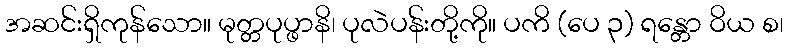
အဆင်းရှိကုန်သော။ မုတ္တပုပ္ဖာနိ၊ ပုလဲပန်းတို့ကို။ ပကိ (ပေ ၃) ရန္တော ဝိယ စ၊